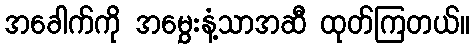
အခေါက်ကို အမွှေးနံ့သာအဆီ ထုတ်ကြတယ်။